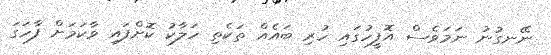
ނޭނގުނު ނަމަވެސް އޮފީހުގައި ހުރި ބައެއް ތަކެތި ހަލާކު ކޮށްފައި ވާކަމަށް ފާހަގަ